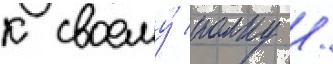
к своему́ полку /